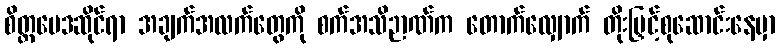
စိတ္တဗေဒဆိုင်ရာ အချက်အလက်တွေကို စက်အသိဉာဏ်က တောက်လျှောက် တိုးမြှင့်စုဆောင်းနေမှာ